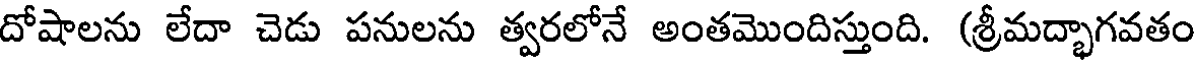
దోషాలను లేదా చెడు పనులను త్వరలోనే అంతమొందిస్తుంది. (శ్రీమద్భాగవతం